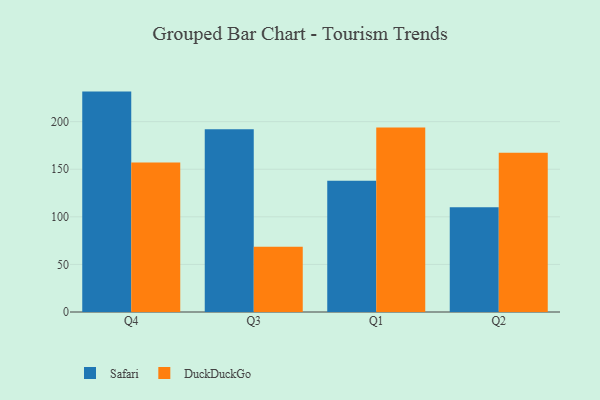
{"axis": {"x": "Quarter", "y": "LTV (USD)"}, "legend": ["DuckDuckGo", "Safari"], "data": [{"x": "Q4", "y": 231.6, "type": "Safari"}, {"x": "Q4", "y": 157.2, "type": "DuckDuckGo"}, {"x": "Q3", "y": 192.0, "type": "Safari"}, {"x": "Q3", "y": 68.6, "type": "DuckDuckGo"}, {"x": "Q1", "y": 137.8, "type": "Safari"}, {"x": "Q1", "y": 193.8, "type": "DuckDuckGo"}, {"x": "Q2", "y": 110.2, "type": "Safari"}, {"x": "Q2", "y": 167.3, "type": "DuckDuckGo"}]}